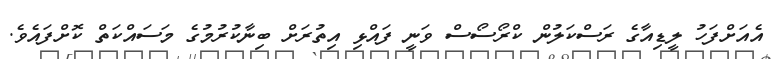
އެއަށްފަހު ލީޑިއާގެ ރަސްކަލުން ކްރޯސޯސް ވަނީ ފައްޅި އިތުރަށް ބިނާކުރުމުގެ މަސައްކަތް ކޮށްފައެވެ.